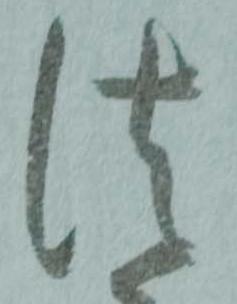
法